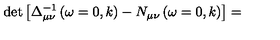
\det \left[ \Delta _ { \mu \nu } ^ { - 1 } \left( \omega = 0 , k \right) - N _ { \mu \nu } \left( \omega = 0 , k \right) \right] =